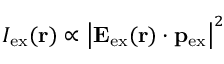
I _ { \mathrm { e x } } ( \mathbf { r } ) \propto \left\vert \mathbf { E } _ { \mathrm { e x } } ( \mathbf { r } ) \cdot \mathbf { p } _ { \mathrm { e x } } \right\vert ^ { 2 }